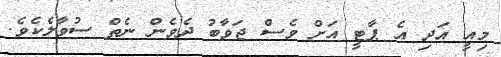
މިއީ އަދި އެ ޕާޓީ އަށް ވެސް ޖަވާބު ދެވެން ނެތް ސުވާލެކެވެ.